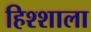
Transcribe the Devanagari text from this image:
हिश्शाला